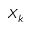
X _ { k }